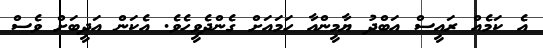
އެ ކަމެއް ރައީސް އަބްދު ޔާމީންއާ ހަމައަށް ގެންދެވީހެވެ. އެކަން އަދީބަށް ވެސް